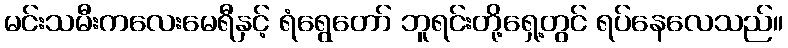
မင်းသမီးကလေးမေရီနှင့် ရံရွေတော် ဘူရင်းတို့ရှေ့တွင် ရပ်နေလေသည်။